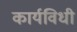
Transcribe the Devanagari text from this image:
कार्यविधी